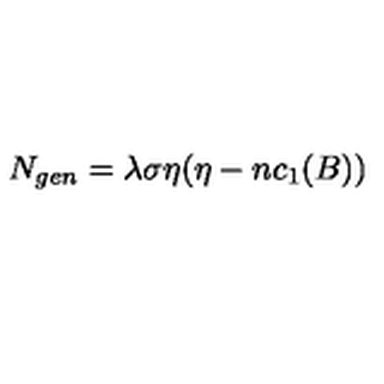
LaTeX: N _ { g e n } = \lambda \sigma \eta ( \eta - n c _ { 1 } ( B ) )